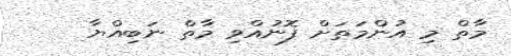
މާތް މި އުންމަތަށް ފޮނުއްވި މާތް ނަބިއްޔާ